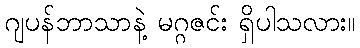
ဂျပန်ဘာသာနဲ့ မဂ္ဂဇင်း ရှိပါသလား။